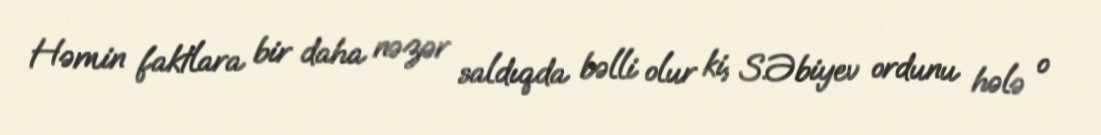
Həmin faktlara bir daha nəzər saldıqda bəlli olur ki, S.Əbiyev ordunu hələ o